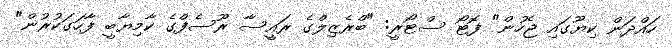
ހައްދަން ކިޔޫގައި ޖެހުން" ފޮޓޯ ސްޓޯރީ: "ބްރެޒިލްގެ ރައީސާ ރޫސެފްގެ ކާމިޔާބީ ފާހަގަކުރުން"